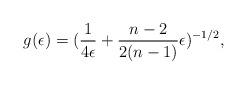
LaTeX: \begin{align*}g(\epsilon)=(\frac{1}{4\epsilon}+\frac{n-2}{2(n-1)}\epsilon)^{-1/2},\end{align*}